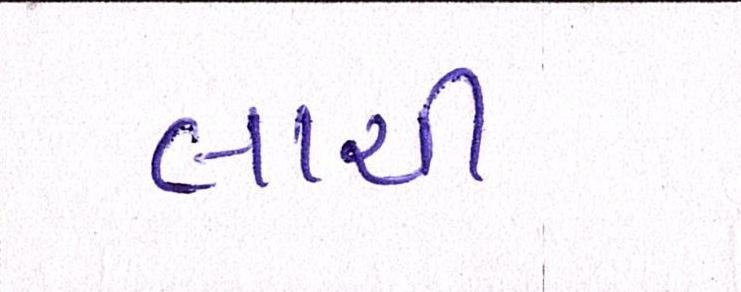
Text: લાયી